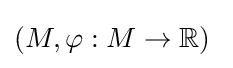
(M,\varphi :M\to \mathbb {R} )\